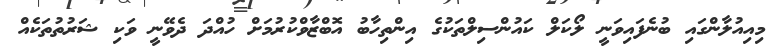
މިއިއުލާންގައި ބުނެފައިވަނީ ލޯކަލް ކައުންސިލްތަކުގެ އިންތިހާބު އޮބްޒާވްކުރުމަށް ހުއްދަ ދެވޭނީ ވަކި ޝަރުތުތަކެއް